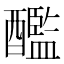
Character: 𨣨